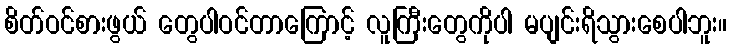
စိတ်ဝင်စားဖွယ် တွေပါဝင်တာကြောင့် လူကြီးတွေကိုပါ မပျင်းရိသွားစေပါဘူး။